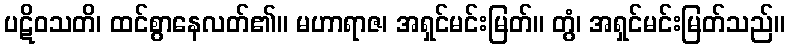
ပဋိဝသတိ၊ ထင်စွာနေလတ်၏။ မဟာရာဇ၊ အရှင်မင်းမြတ်။ တွံ၊ အရှင်မင်းမြတ်သည်။